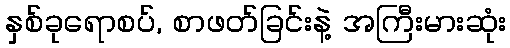
နှစ်ခုရောစပ်, စာဖတ်ခြင်းနဲ့ အကြီးမားဆုံး